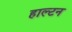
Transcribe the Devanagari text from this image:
हाल्टन